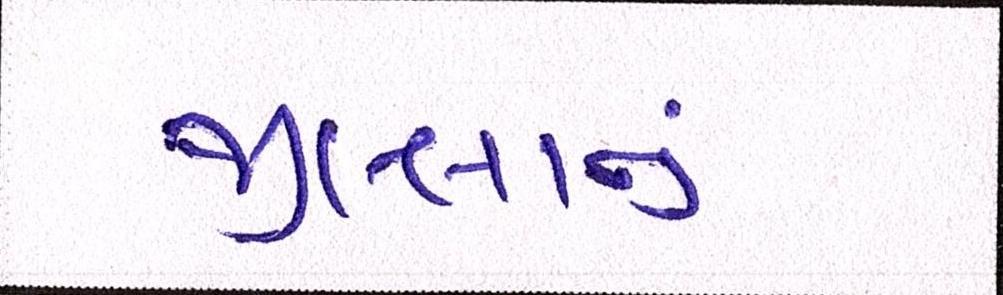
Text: જીલ્લાનું